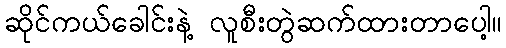
ဆိုင်ကယ်ခေါင်းနဲ့ လူစီးတွဲဆက်ထားတာပေါ့။